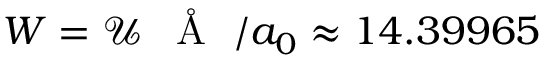
{ W = \mathcal U \, \mathrm { ~ { ~ \AA ~ } ~ } / a _ { 0 } \approx 1 4 . 3 9 9 6 5 }